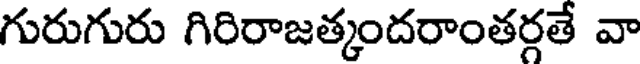
గురుగురు గిరిరాజత్కందరాంతర్గతే వా